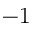
- 1